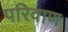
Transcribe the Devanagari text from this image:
परिवाण